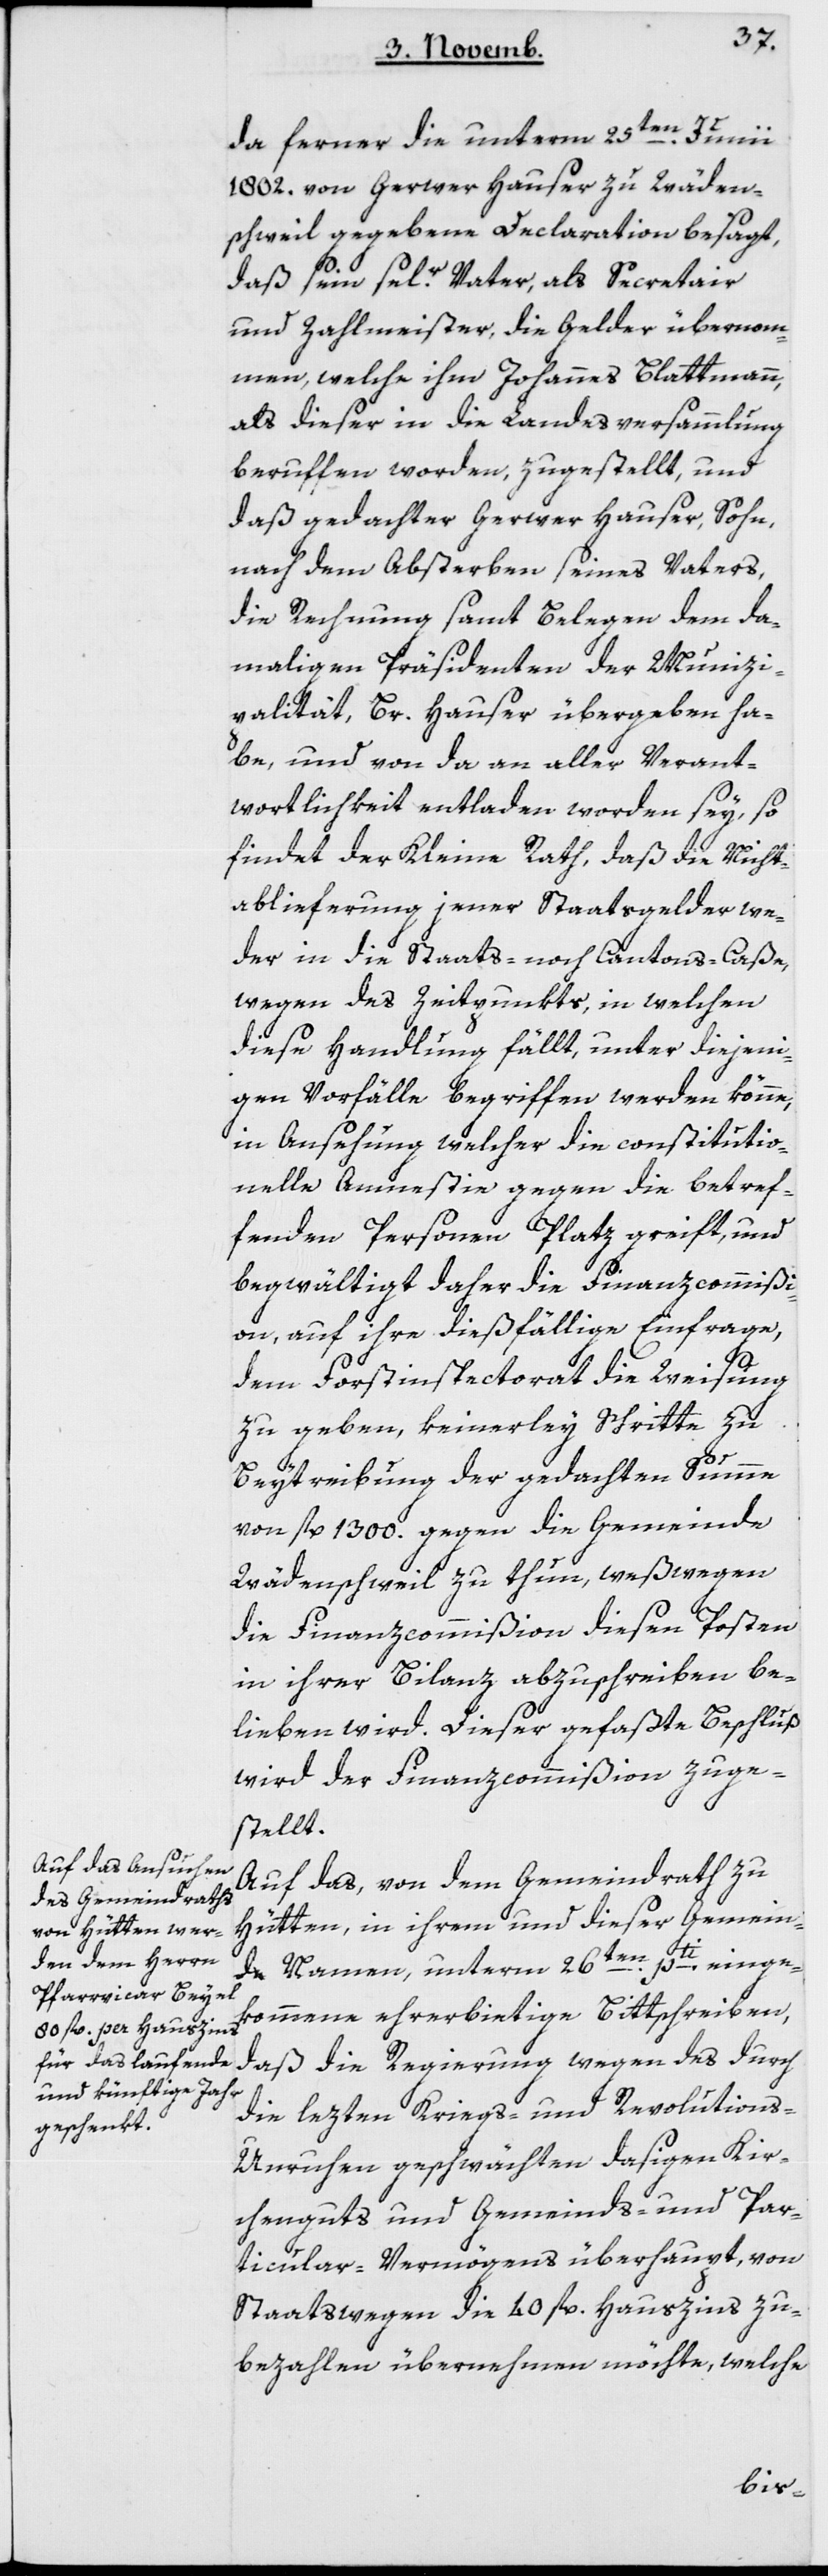
da ferner die unterm 25ten Junii
1802 von Gerwer Hauser zu Wäden¬
schweil gegebene Declaration besagt,
daß sein sel.r Vater, als Secretair
und Zahlmeister, die Gelder übernom¬
men, welche ihm Johannes Blattmann,
als dieser in die Landesversammlung
beruffen worden, zugestellt und
daß gedachter Gerwer Hauser, Sohn,
nach dem Absterben seines Vaters,
die Rechnung samt Belegen dem da¬
maligen Präsidenten der Munizi¬
palität, Br. Hauser übergeben ha¬
be, und von da an aller Verant¬
wortlichkeit entladen worden sey, so
findet der Kleine Rath, daß die Nicht¬
ablieferung jener Staatsgelder we¬
der in die Staats- noch Cantons-Caße,
wegen des Zeitpunkts, in welchen
diese Handlung fällt, unter diejeni¬
gen Vorfälle begriffen werden könne,
in Ansehung welcher die constitutio¬
nelle Amnestie gegen die betref¬
fenden Personen Platz greift, und
begwältigt daher die Finanzcommißi¬
on, auf ihre diesfällige Einfrage,
dem Forstinspektorat die Weisung
zu geben, keinerley Schritte zu
Beitreibung der gedachten Summe
von fl. 1300 gegen die Gemeinde
Wädenschweil zu thun, weßwegen
die Finanzcommißiondiesen Posten
in ihrer Bilanz abzuschreiben be¬
lieben wird. Dieser gefaßte Beschluß
wird der Finanzcommißionzuge¬
stellt.
Auf das, von dem Gemeindrath zu
Hütten, in ihrem und dieser Gemein¬
de Namen, unterm 26ten pti einge¬
kommene ehrerbietige Bittschreiben,
daß die Regierung wegen des durch
die lezten Kriegs- und Revolutions-U¬
nruhen geschwächten dasigen Kir¬
chenguts und Gemeinds- und Par¬
ticular-Vermögens überhaupt, von
Staats wegen die 40 fl. Hauszins zu
bezahlen übernehmen möchte, welche